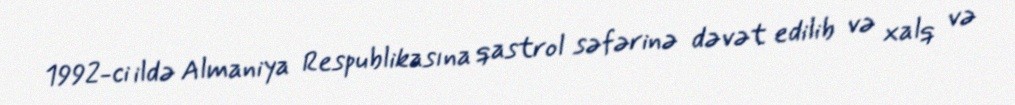
1992-ci ildə Almaniya Respublikasına qastrol səfərinə dəvət edilib və xalq və